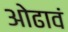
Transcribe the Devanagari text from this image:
ओढावं